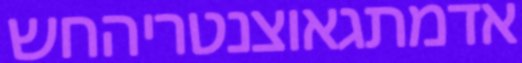
אדמתגאוצנטריהחש